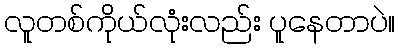
လူတစ်ကိုယ်လုံးလည်း ပူနေတာပဲ။